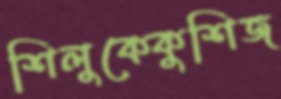
শিলুকেকুশিজ